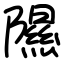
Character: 隰